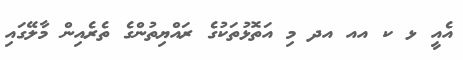
އެއީ ޅ ކ އއ އދ މި އަތޮޅުތަކުގެ ރައްޔިތުންގެ ތެރެއިން މާލޭގައި